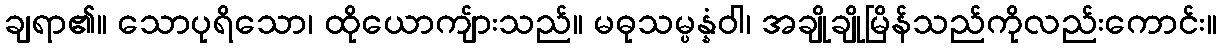
ချရာ၏။ သောပုရိသော၊ ထိုယောကျ်ားသည်။ မဓုသမ္ပန္နံဝါ၊ အချိုချိုမြိန်သည်ကိုလည်းကောင်း။